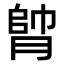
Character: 𦝭